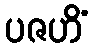
ပဇဟိံ